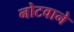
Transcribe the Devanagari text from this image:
नोटवाने